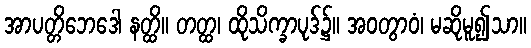
အာပတ္တိဘေဒေါ နတ္ထိ။ တတ္ထ၊ ထိုသိက္ခာပုဒ်၌။ အဝတွာဝံ၊ မဆိုမူ၍သာ။